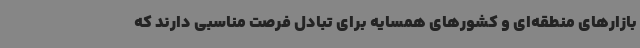
بازارهای منطقه‌ای و کشورهای همسایه برای تبادل فرصت مناسبی دارند که